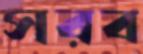
সরব